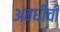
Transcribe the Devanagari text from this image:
अवधीची